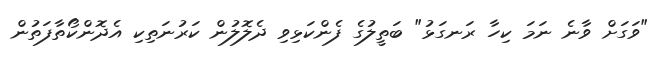
"ވަގަށް ވާނެ ނަމަ ކިހާ ރަނގަޅު" ބަތީލުގެ ފެންކަޅިވި ދެލޮލުން ކަރުނަތިކި އެދޮންކޯތާފަތުން